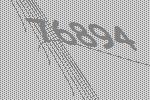
76894